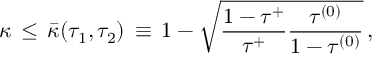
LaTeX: \kappa \, \leq \, \bar { \kappa } ( \tau _ { 1 } , \tau _ { 2 } ) \, \equiv \, 1 - \sqrt { \frac { 1 - \tau ^ { + } } { \tau ^ { + } } \frac { \tau ^ { ( 0 ) } } { 1 - \tau ^ { ( 0 ) } } } \, ,